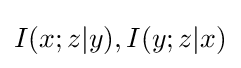
I(x;z|y),I(y;z|x)